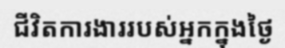
ជីវិតការងាររបស់អ្នកក្នុងថ្ងៃ